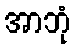
အာဘုံ